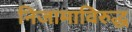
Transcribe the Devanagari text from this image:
निजामाविरुद्ध